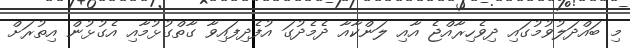
މި ބައްދަލުވުމުގައި ދިވެހިރާއްޖެ އާއި ލަންކާއާ ދެމެދުގަ އުފެދިފައިވާ ގާތްގުޅުމާއި އެގުޅުން އިތުރަށް